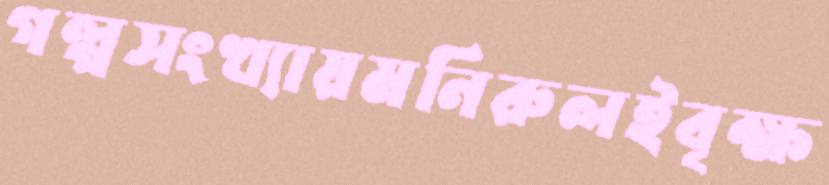
গল্পসংখ্যায়মনিরুলইবৃক্ষ